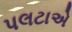
પલટાએ